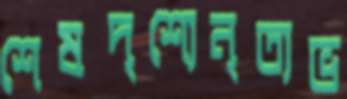
শেষদৃশ্যেনৃত্যভ